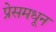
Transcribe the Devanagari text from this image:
प्रेसमधून